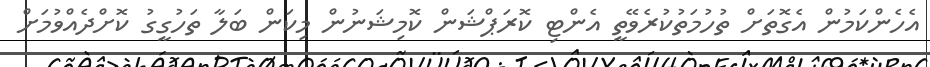
އެހެންކަމުން އެގޮތަށް ތުހުމަތުކުރެވޭތީ އެންޓި ކޮރަޕްޝަން ކޮމިޝަނުން މިކަން ބަލާ ތަހުގީގު ކޮށްދެއްވުމަށް